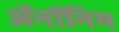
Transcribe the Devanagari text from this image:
ॲनॉनिम